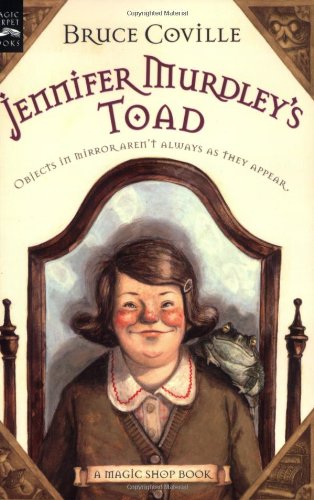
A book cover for Jennifer Murdley's Toad: A Magic Shop Book; Bruce Coville; Children's Books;